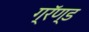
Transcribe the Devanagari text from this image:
ग्रॅण्ड